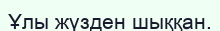
Ұлы жүзден шыққан.